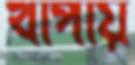
খাপায়